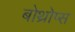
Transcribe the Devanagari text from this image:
बोथ्रोप्स